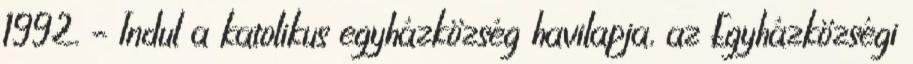
1992. – Indul a katolikus egyházközség havilapja, az Egyházközségi